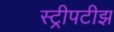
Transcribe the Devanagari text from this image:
स्ट्रीपटीझ